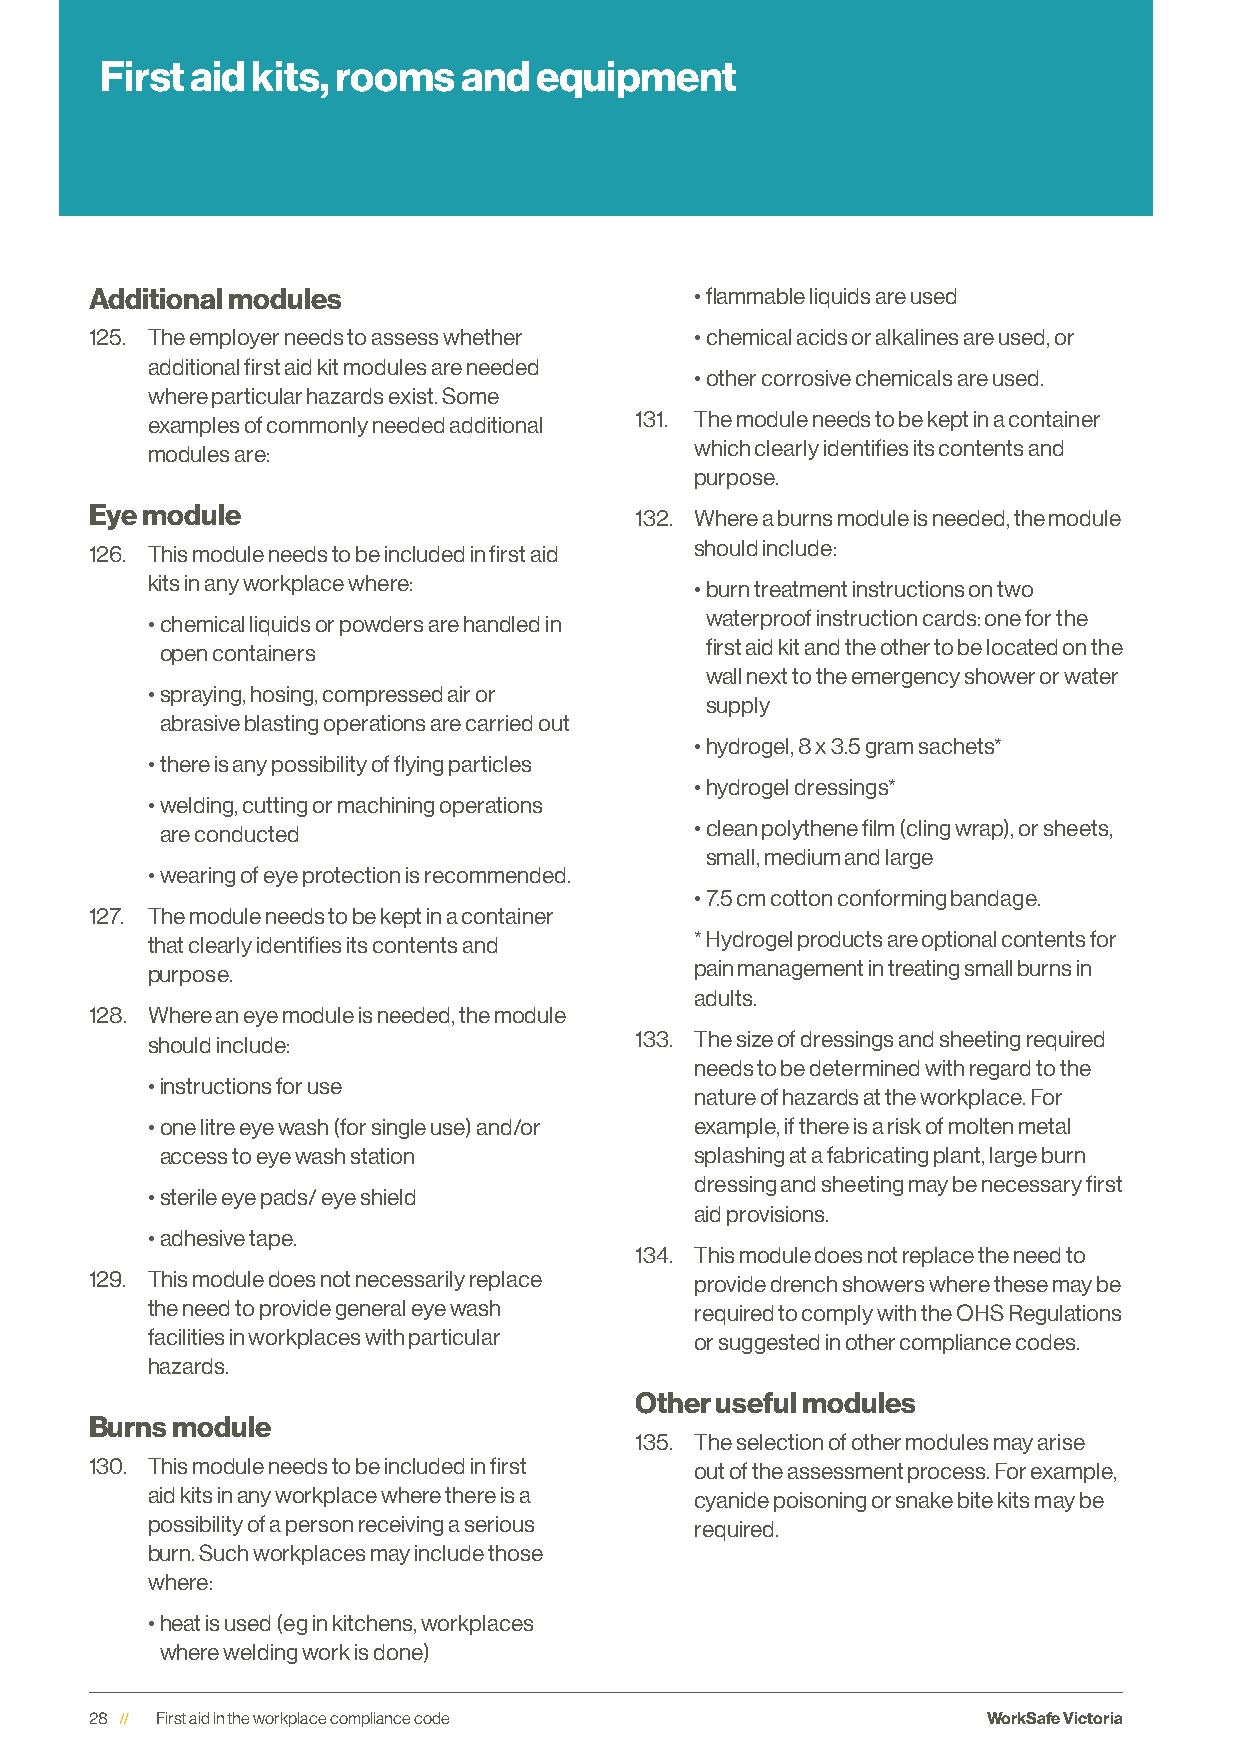
First aid kits, rooms  and   equipment
 Additional modules                      • flammable liquids are used
 125. The employer needs to assess whether • chemical acids or alkalines are used, or
 additional first aid kit modules are needed
 • other corrosive chemicals are used.
 where particular hazards exist. Some
 examples of commonly needed additional 131. The module needs to be kept in a container
 modules are:                        which clearly identifies its contents and
 purpose.
 Eye module                          132. Where a burns module is needed, the module
 126. This module needs to be included in first aid should include:
 kits in any workplace where:        • burn treatment instructions on two
 • chemical liquids or powders are handled in waterproof instruction cards: one for the
 open containers                     first aid kit and the other to be located on the
 wall next to the emergency shower or water
 • spraying, hosing, compressed air or
 supply
 abrasive blasting operations are carried out
 • hydrogel, 8 x 3.5 gram sachets*
 • there is any possibility of flying particles
 • hydrogel dressings*
 • welding, cutting or machining operations
 are conducted                      • clean polythene film (cling wrap), or sheets,
 small, medium and large
 • wearing of eye protection is recommended.
 • 7.5 cm cotton conforming bandage.
 127. The module needs to be kept in a container
 that clearly identifies its contents and * Hydrogel products are optional contents for
 purpose.                            pain management in treating small burns in
 adults.
 128. Where an eye module is needed, the module
 should include:                 133. The size of dressings and sheeting required
 needs to be determined with regard to the
 • instructions for use
 nature of hazards at the workplace. For
 • one litre eye wash (for single use) and/or example, if there is a risk of molten metal
 access to eye wash station         splashing at a fabricating plant, large burn
 dressing and sheeting may be necessary first
 • sterile eye pads/ eye shield
 aid provisions.
 • adhesive tape.
 134. This module does not replace the need to
 129. This module does not necessarily replace provide drench showers where these may be
 the need to provide general eye wash required to comply with the OHS Regulations
 facilities in workplaces with particular or suggested in other compliance codes.
 hazards.
 Other useful modules
 Burns module
 135. The selection of other modules may arise
 130. This module needs to be included in first out of the assessment process. For example,
 aid kits in any workplace where there is a cyanide poisoning or snake bite kits may be
 possibility of a person receiving a serious required.
 burn. Such workplaces may include those
 where:
 • heat is used (eg in kitchens, workplaces
 where welding work is done)
 28  First aid in the workplace compliance code             WorkSafe Victoria